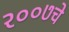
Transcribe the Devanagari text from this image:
२००७चे